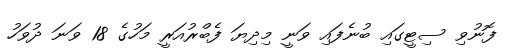
ފޮނުވި ސިޓީގައި ބުނެފައި ވަނީ މިދިޔަ ފެބްރުއަރީ މަހުގެ 18 ވަނަ ދުވަހު